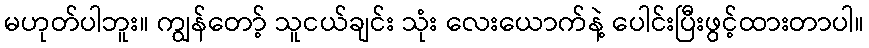
မဟုတ်ပါဘူး။ ကျွန်တော့် သူငယ်ချင်း သုံး လေးယောက်နဲ့ ပေါင်းပြီးဖွင့်ထားတာပါ။